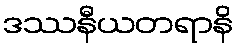
ဒဿနီယတရာနိ